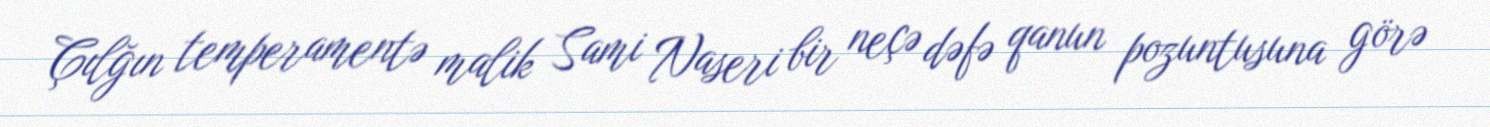
Çılğın temperamentə malik Sami Naseri bir neçə dəfə qanun pozuntusuna görə